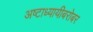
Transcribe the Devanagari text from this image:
अष्टाध्यायीबरोबर